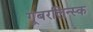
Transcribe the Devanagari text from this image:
गूबरलिन्स्क